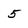
Character: 5